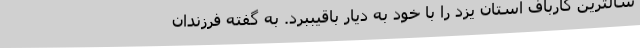
سالترین کارباف استان یزد را با خود به دیار باقیببرد. به گفته فرزندان